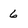
Character: 6